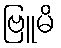
ဗြူမိ